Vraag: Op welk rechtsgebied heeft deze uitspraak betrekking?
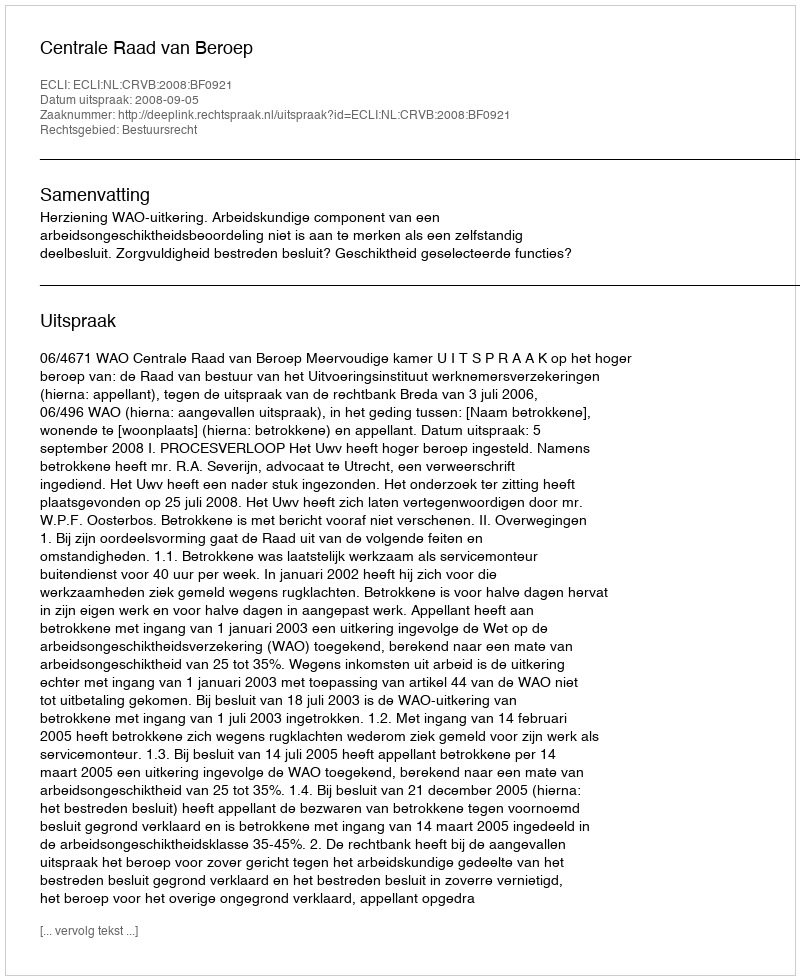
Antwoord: Bestuursrecht